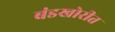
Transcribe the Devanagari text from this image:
बंडखोरीत